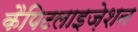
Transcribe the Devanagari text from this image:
कैपिटलाइज़ेशन